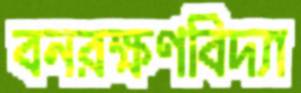
বনরক্ষণবিদ্যা